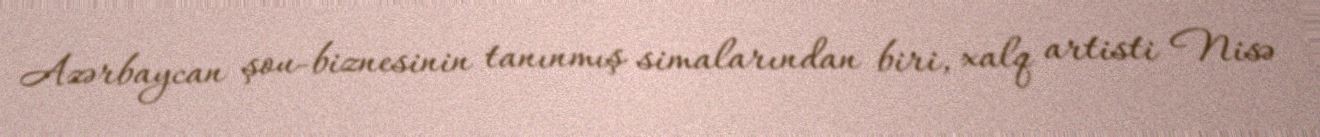
Azərbaycan şou-biznesinin tanınmış simalarından biri, xalq artisti Nisə